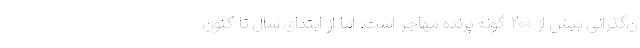
ن‌گذرانی بیش از ۲۰۰ گونه پرنده مهاجر است. اما از ابتدای سال تا کنون